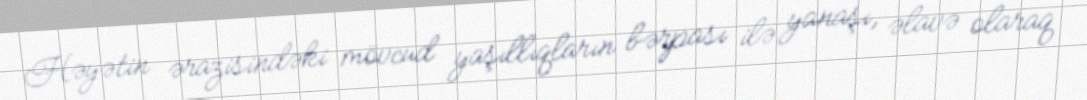
Həyətin ərazisindəki mövcud yaşıllıqların bərpası ilə yanaşı, əlavə olaraq